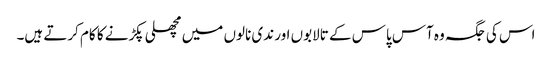
اس کی جگہ وہ آس پاس کے تالابوں اور ندی نالوں میں مچھلی پکڑنے کا کام کرتے ہیں۔